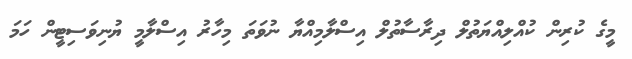
މީގެ ކުރިން ކުއްލިއްޔަތުލް ދިރާސާތުލް އިސްލާމިއްޔާ ނުވަތަ މިހާރު އިސްލާމީ ޔުނިވަސިޓީން ހަމަ